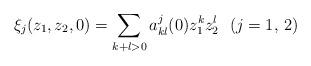
LaTeX: \begin{align*}\xi_{j}(z_{1},z_{2},0) = \sum_{k+l > 0} a_{kl}^{j}(0) z_{1}^{k} z_{2}^{l}~~(j = 1,\,2)\end{align*}